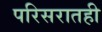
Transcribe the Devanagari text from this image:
परिसरातही